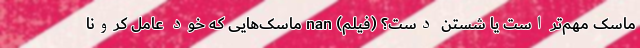
ماسک مهم‌تر است یا شستن دست؟ (فیلم) nan ماسک‌هایی که خود عامل کرونا